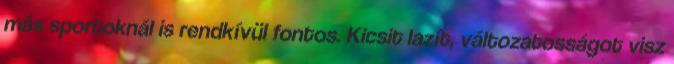
más sportoknál is rendkívül fontos. Kicsit lazít, változatosságot visz